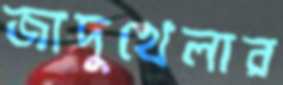
জাদুখেলার